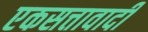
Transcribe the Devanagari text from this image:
एकसत्तावादी